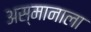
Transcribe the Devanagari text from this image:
अस्मानाला